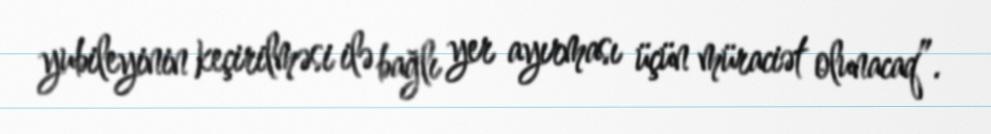
yubileyinin keçirilməsi ilə bağlı yer ayırması üçün müraciət olunacaq”.